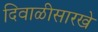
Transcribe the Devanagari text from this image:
दिवाळीसारखे